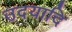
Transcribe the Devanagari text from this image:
उदयादि